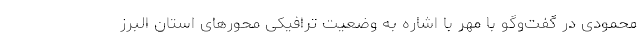
محمودی در گفت‌وگو با مهر با اشاره به وضعیت ترافیکی محورهای استان البرز